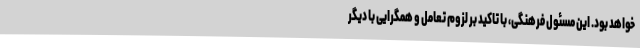
خواهد بود. این مسئول فرهنگی، با تاکید بر لزوم تعامل و همگرایی با دیگر